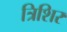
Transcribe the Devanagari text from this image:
त्रिशिर